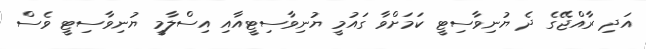
އަދި ރާއްޖޭގެ ދެ ޔުނިވާސިޓީ ކަމަށްވާ ގައުމީ ޔުނިވާސިޓީއާއި އިސްލާމީ ޔުނިވާސިޓީ ވެސް